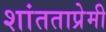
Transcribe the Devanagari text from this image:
शांतताप्रेमी